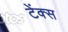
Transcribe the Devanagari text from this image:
टेंक्स